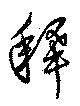
釋